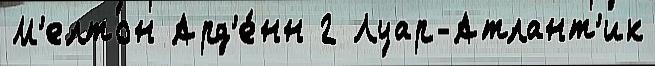
М'елтон Ард'е́нн 2 Луар-Атлант'ик